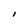
Character: I